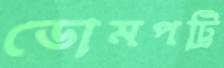
ডোমপট্টি